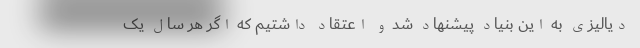
دیالیزی به این بنیاد پیشنهاد شد و اعتقاد داشتیم که اگر هر سال یک